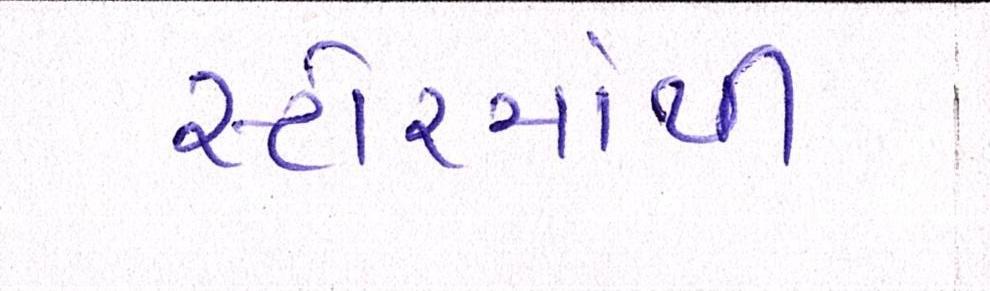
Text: સ્ટોરમાંથી